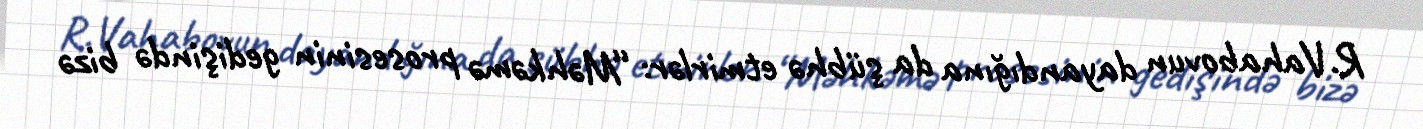
R.Vahabovun dayandığına da şübhə etmirlər: “Məhkəmə prosesinin gedişində bizə